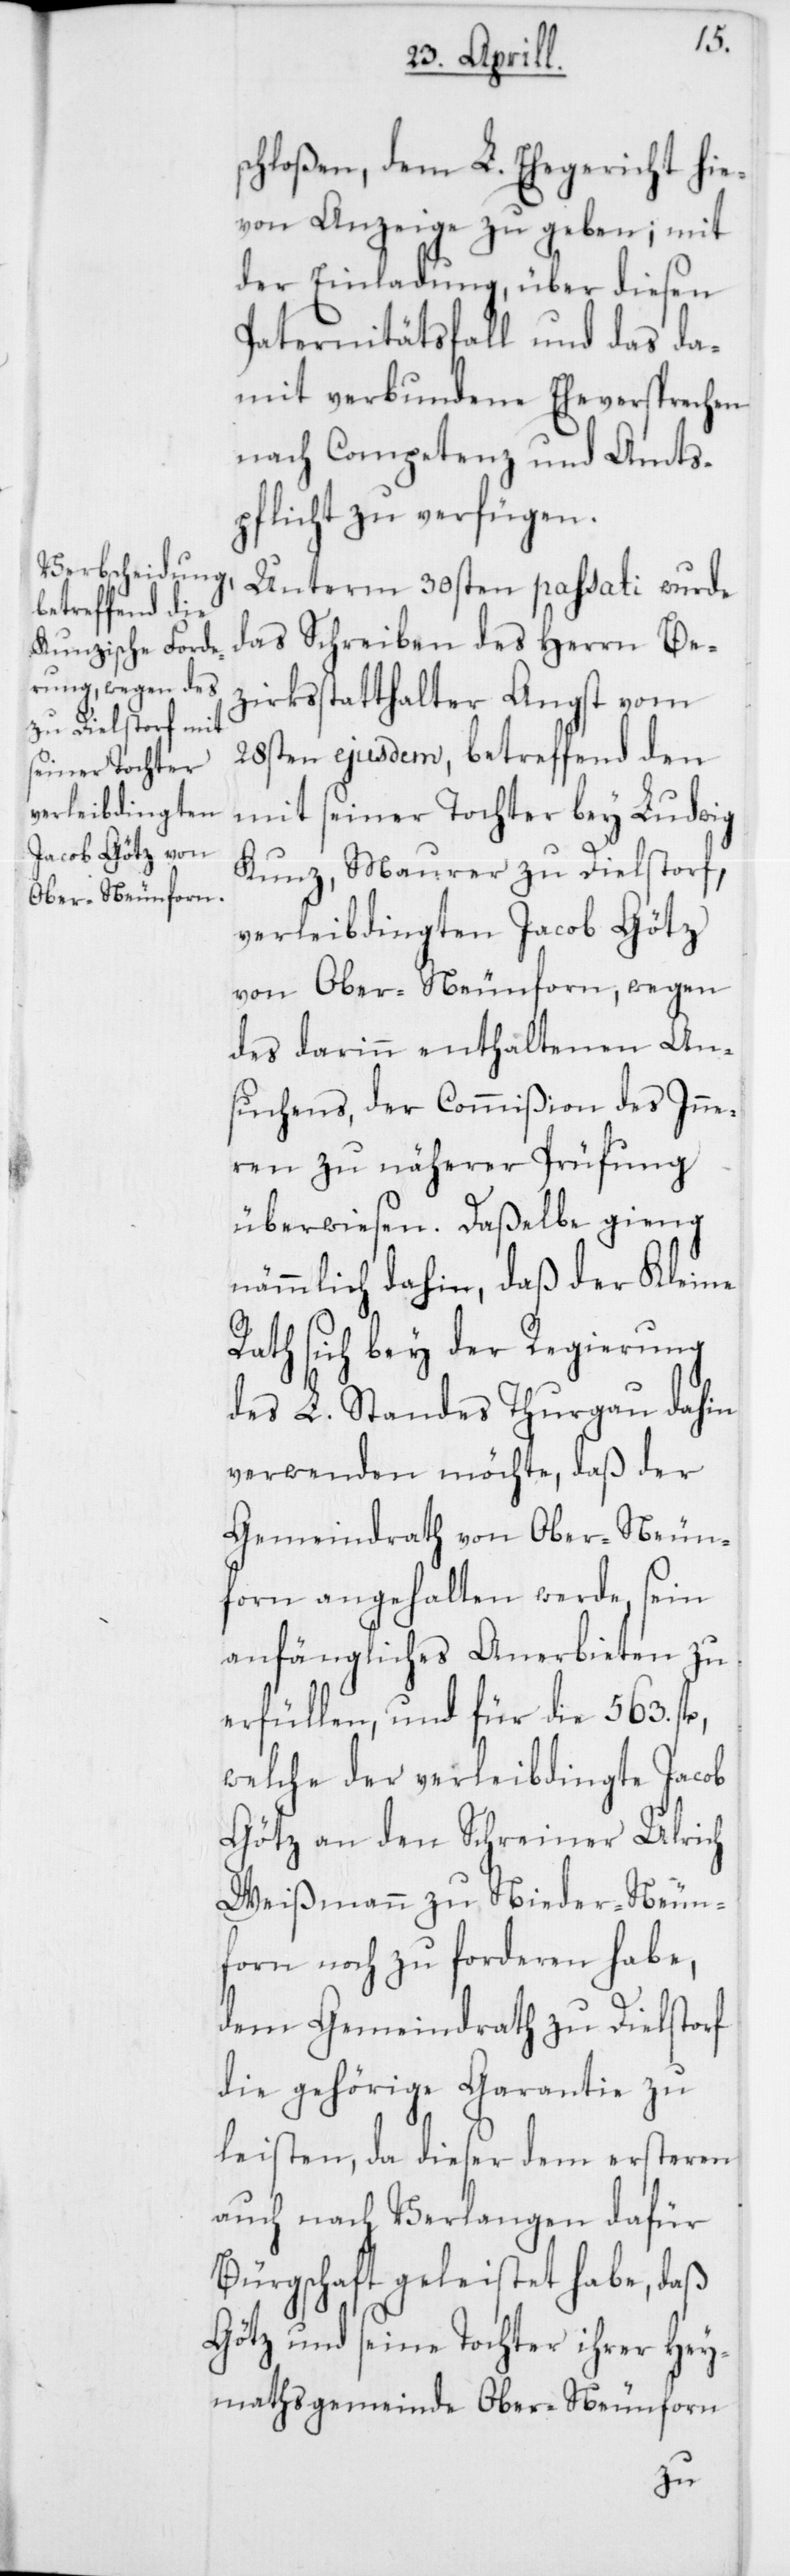
schloßen, dem L. Ehegericht hie¬
von Anzeige zu geben; mit
der Einladung, über diesen
Paternitätsfall und das da¬
mit verbundene Eheversprechen
nach Competenz und Amtsp¬
flicht zu verfügen.
Unterm 30sten passati wurde
das Schreiben des Herrn Be¬
zirksstatthalter Angst vom
28sten ejusdem, betreffend den
mit seiner Tochter bey Ludwig
Kunz, Maurer zu Dielstorf,
verleibdingten Jacob Götz
von Ober-Neunforn, wegen
des darinn enthaltenen An¬
suchens, der Commißion des Inne¬
ren zu näherer Prüfung
überwiesen. Daßelbe gieng
nämmlich dahin, daß der Kleine
Rath sich bey der Regierung
des L. Standes Thurgau dahin
verwenden möchte, daß der
Gemeindrath von Ober-Neun¬
forn angehalten werde, sein
anfängliches Anerbieten zu
erfüllen, und für die 563.
welche der verleibdingte Jacob
Götz an den Schreiner Ulrich
Weißmann zu Nieder-Neun¬
forn noch zu forderen habe,
dem Gemeindrath zu Dielstorf
die gehörige Garantie zu
leisten, da dieser dem ersteren
auch nach Verlangen dafür
Bürgschaft geleistet habe, daß
Götz und seine Tochter ihrer Hey¬
mathsgemeinde Ober-Neunforn